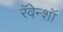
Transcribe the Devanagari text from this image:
रॅवेन्शॉ